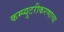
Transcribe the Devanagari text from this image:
कम्प्युटरीकरणाचा